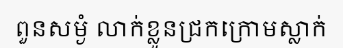
ពួនសម្ងំ លាក់ខ្លួនជ្រកក្រោមស្លាក់